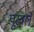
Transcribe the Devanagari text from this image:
पूरवले